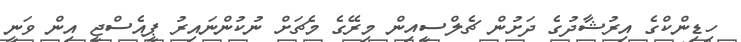
ހިޑިންކްގެ އިރުޝާދުގެ ދަށުން ޗެލްސީއިން މިރޭގެ މެޗަށް ނުކުންނައިރު ޕީއެސްޖީ އިން ވަނީ